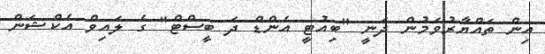
އިން ތައްޔާރުވަމުން ދަނީ "ބިއުޓީ އެންޑް ދަ ބީސްޓް" ގެ ލައިވް އެކްޝަން